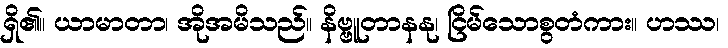
ရှိ၏။ ယာမာတာ၊ အိုအမိသည်။ နိဗ္ဗူတာနနု၊ ငြိမ်သောစွတံကား။ ဟဿ၊